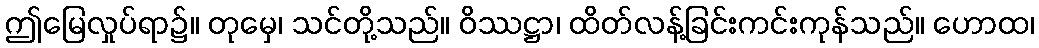
ဤမြေလှုပ်ရာ၌။ တုမှေ၊ သင်တို့သည်။ ဝိဿဋ္ဌာ၊ ထိတ်လန့်ခြင်းကင်းကုန်သည်။ ဟောထ၊